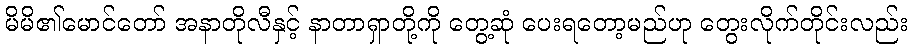
မိမိ၏မောင်တော် အနာတိုလီနှင့် နာတာရှာတို့ကို တွေ့ဆုံ ပေးရတော့မည်ဟု တွေးလိုက်တိုင်းလည်း